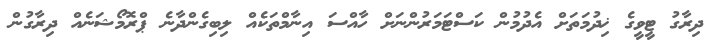
ދިރާގު ޓީވީގެ ޚިދުމަތަށް އެދުމުން ކަސްޓަމަރުންނަށް ހާއްސަ އިނާމްތަކެއް ލިބިގެންދާނެ ޕްރޮމޯޝަނެއް ދިރާގުން